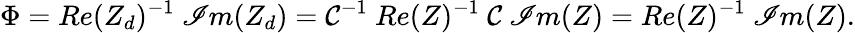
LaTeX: \Phi=Re(Z_{d})^{-1}~\mathscr{I}m(Z_{d})=\mathcal{C}^{-1}~Re(Z)^{-1}~\mathcal{C}~\mathscr{I}m(Z)=Re(Z)^{-1}~\mathscr{I}m(Z).